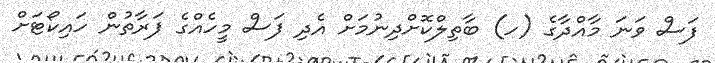
ފަސް ވަނަ މާއްދާގެ (ހ) ބާތިލްކޮށްދިނުމަށް އެދި ފަސް މީހެއްގެ ފަރާތުން ހައިކޯޓަށް